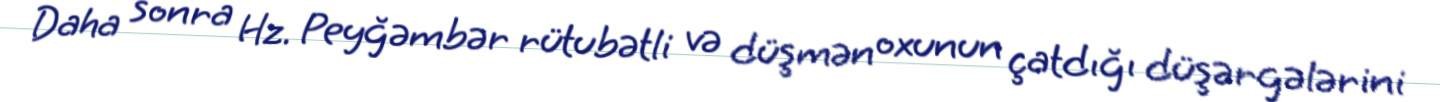
Daha sonra Hz. Peyğəmbər rütubətli və düşmən oxunun çatdığı düşərgələrini